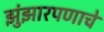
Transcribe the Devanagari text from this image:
झुंझारपणाचे